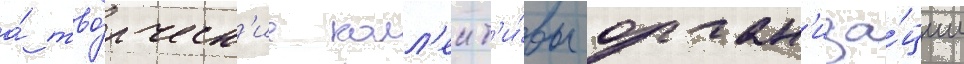
а́ тво́рческ'ие колл'ект'и́вы орган'иза́ции